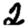
Digit: 2